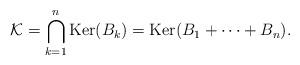
LaTeX: \begin{gather*}\mathcal{K}=\bigcap_{k=1}^{n}{\rm{Ker}}(B_k)={\rm{Ker}}(B_1+\cdots+B_n).\end{gather*}